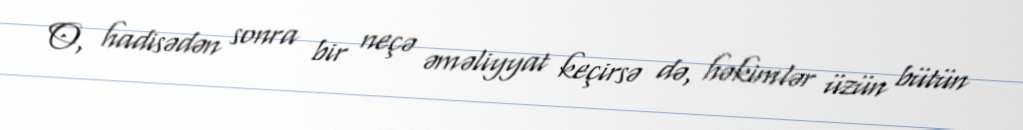
O, hadisədən sonra bir neçə əməliyyat keçirsə də, həkimlər üzün bütün